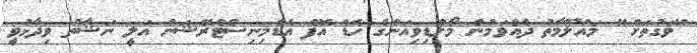
"ވަގުތަށް" މައުލޫމާތު ދެއްވަމުން މޯލްޑިވިއަންގެ ހެޑް އޮފް އެޑްމިނިސްޓްރޭޝަން އަލީ ނަޝާތު ވިދާޅުވީ